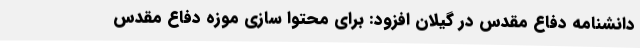
دانشنامه دفاع مقدس در گیلان افزود: برای محتوا سازی موزه دفاع مقدس